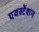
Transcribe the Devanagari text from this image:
एवस्टेंशन